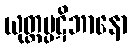
ယုတ္တပ္ပဋိဘာနော